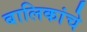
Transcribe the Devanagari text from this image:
बालिकांचे